Leprosy in India: report of the Leprosy Commission in India, 1890-91
Year: 1890
Disease focus: Leprosy
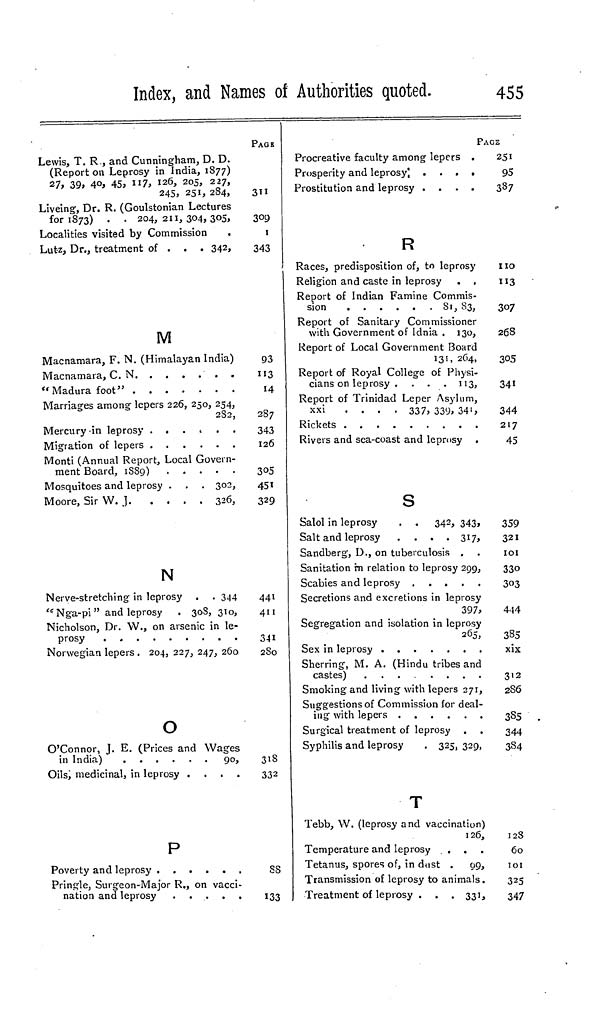
Index, and Names of Authorities quoted.
455
Lewis, T. R , and Cunningham, D. D.
(Report on Leprosy in India, 1877)
27, 39, 40, 45, 117, 126, 205, 227,
245, 251, 284,
Liveing, Dr. R. (Goulstonian Lectures
for 1873) . . 204, 211, 304, 305,
Localities visited by Commission
Lutz, Dr., treatment of ...
342,
M
Macnamara, F. N. (Himalayan India)
"Madura foot"
Marriages among lepers 226, 250, 254,
282,
Mercury in leprosy . . . . . .
Migration of lepers
Monti (Annual Report, Local Govern-
ment Board, 1889)
Mosquitoes and leprosy . . . 302,
Moore, Sir W.
J.
326,
N
Nerve-stretching in leprosy . . 344
"Nga-pi" and leprosy . 308, 310,
Nicholson, Dr. W., on arsenic in le-
Norwegian lepers . 204, 227, 247, 260
O
O'Connor, J. E. (Prices and Wages
in India)
90,
Oils, medicinal, in leprosy
....
P
Pringle, Surgeon-Major R., on vacci-
nation and leprosy
PAGE
311
309
1
343
93
113
14
287
343
126
305
451
329
441
411
341
280
318
332
88
133
Procreative faculty among lepers .
Prostitution and leprosy
....
R
Races, predisposition of, to leprosy
Religion and caste in leprosy . .
Report of Indian Famine Commis-
sion
81,
83,
Report of Sanitary Commissioner
with Government of Idnia . 130,
Report of Local Government Board
131, 264,
Report of Royal College of Physi-
cians on leprosy . . . .113,
Report of Trinidad Leper Asylum,
XXI ....
337, 339, 341,
Rickets
Rivers and sea-coast and leprosy .
S
Salol in leprosy
. . 342, 343,
Salt and leprosy
. . . . 317,
Sandberg, D., on tuberculosis .
Sanitation in relation to leprosy 299,
Secretions and excretions in leprosy
397,
Segregation and isolation in leprosy
265,
Sex in leprosy
Sherring, M. A. (Hindu tribes and
Smoking and living with lepers 271,
Suggestions of Commission for deal-
ing with lepers
Surgical treatment of leprosy .
Syphilis and leprosy
. 325, 329,
T
Tebb, W. (leprosy and vaccination)
126,
Temperature and leprosy
. .
Tetanus, spores of, in dust . 99,
Transmission of leprosy to animals.
Treatment of leprosy . . . 331,
PAGE
251
95
387
no
"3
307
268
305
341
344
217
45
359
321
101
330
303
444
385
xix
312
286
385
344
384
128
60
101
325
347